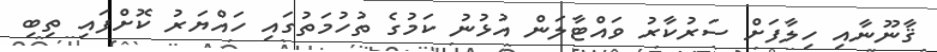
ޤާނޫނާއި ހިލާފަށް ސަރުކާރު ވައްޓާލަން އުޅުނު ކަމުގެ ތުހުމަތުގައި ހައްޔަރު ކޮށްފައި ތިބި